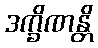
ဒက္ခိဏန္တိ